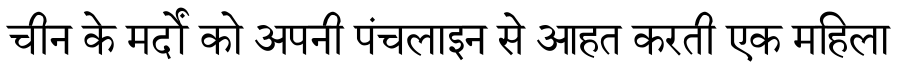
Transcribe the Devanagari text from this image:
चीन के मर्दों को अपनी पंचलाइन से आहत करती एक महिला